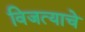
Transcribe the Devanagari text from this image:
विजत्याचे